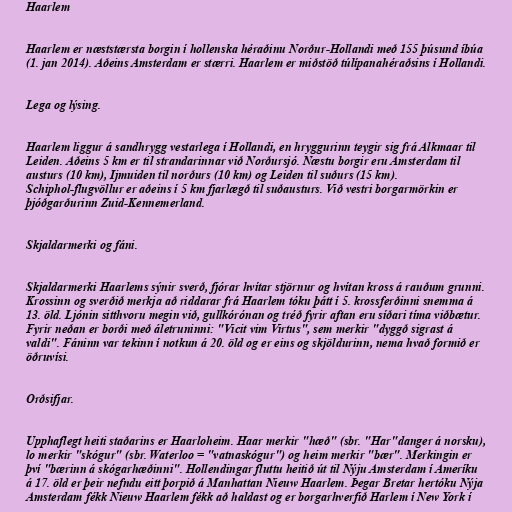
Haarlem

Haarlem er næststærsta borgin í hollenska héraðinu Norður-Hollandi með 155 þúsund íbúa
(1. jan 2014). Aðeins Amsterdam er stærri. Haarlem er miðstöð túlípanahéraðsins í Hollandi.

Lega og lýsing.

Haarlem liggur á sandhrygg vestarlega í Hollandi, en hryggurinn teygir sig frá Alkmaar til
Leiden. Aðeins 5 km er til strandarinnar við Norðursjó. Næstu borgir eru Amsterdam til
austurs (10 km), Ijmuiden til norðurs (10 km) og Leiden til suðurs (15 km).
Schiphol-flugvöllur er aðeins í 5 km fjarlægð til suðausturs. Við vestri borgarmörkin er
þjóðgarðurinn Zuid-Kennemerland.

Skjaldarmerki og fáni.

Skjaldarmerki Haarlems sýnir sverð, fjórar hvítar stjörnur og hvítan kross á rauðum grunni.
Krossinn og sverðið merkja að riddarar frá Haarlem tóku þátt í 5. krossferðinni snemma á
13. öld. Ljónin sitthvoru megin við, gullkórónan og tréð fyrir aftan eru síðari tíma viðbætur.
Fyrir neðan er borði með áletruninni: "Vicit vim Virtus", sem merkir "dyggð sigrast á
valdi". Fáninn var tekinn í notkun á 20. öld og er eins og skjöldurinn, nema hvað formið er
öðruvísi.

Orðsifjar.

Upphaflegt heiti staðarins er Haarloheim. Haar merkir "hæð" (sbr. "Har"danger á norsku),
lo merkir "skógur" (sbr. Waterloo = "vatnaskógur") og heim merkir "bær". Merkingin er
því "bærinn á skógarhæðinni". Hollendingar fluttu heitið út til Nýju Amsterdam í Ameríku
á 17. öld er þeir nefndu eitt þorpið á Manhattan Nieuw Haarlem. Þegar Bretar hertóku Nýja
Amsterdam fékk Nieuw Haarlem fékk að haldast og er borgarhverfið Harlem í New York í